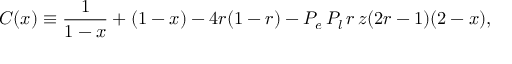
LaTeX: C ( x ) \equiv \frac { 1 } { 1 - x } + ( 1 - x ) - 4 r ( 1 - r ) - P _ { e } \, P _ { l } \, r \, z ( 2 r - 1 ) ( 2 - x ) ,